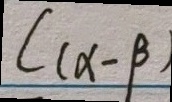
C ( \alpha - \beta )